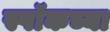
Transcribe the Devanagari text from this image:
स्पॉकच्या